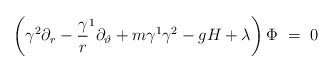
\begin{align*}\left( \gamma ^2\partial _r-{\frac \gamma r}^1\partial_\vartheta +m\gamma ^1\gamma ^2-gH+\lambda \right) \Phi ~=~0\end{align*}